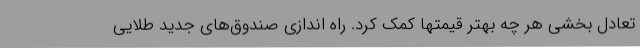
تعادل بخشی هر چه بهتر قیمتها کمک کرد. راه اندازی صندوق‌های جدید طلایی